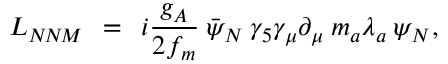
{ \cal L } _ { N \! N \! M } \: \: = \: \: i \frac { g _ { A } } { 2 f _ { m } } \: \bar { \psi } _ { N } \: \gamma _ { 5 } \gamma _ { \mu } \partial _ { \mu } \: m _ { a } \lambda _ { a } \: \psi _ { N } ,